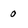
Character: 0